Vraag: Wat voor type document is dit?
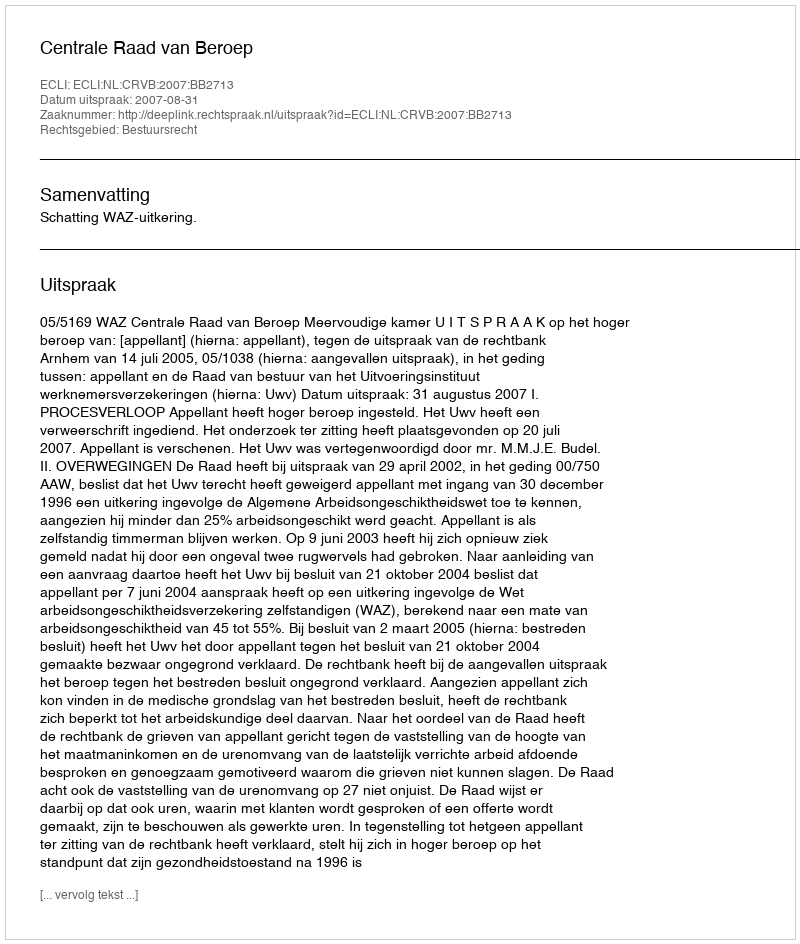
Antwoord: Uitspraak